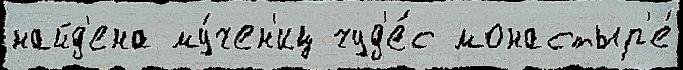
найд'ена му́чен'иц чуд'е́с монастыр'е́